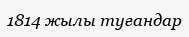
1814 жылы туғандар